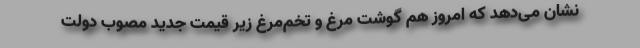
نشان می‌دهد که امروز هم گوشت مرغ و تخم‌مرغ زیر قیمت جدید مصوب دولت